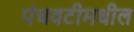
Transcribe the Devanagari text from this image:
पंचवटीमधील